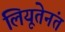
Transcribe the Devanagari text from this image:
लियूतेनंत